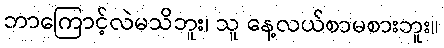
ဘာကြောင့်လဲမသိဘူး၊ သူ နေ့လယ်စာမစားဘူး။